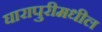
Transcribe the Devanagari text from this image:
घारापुरीमधील